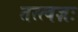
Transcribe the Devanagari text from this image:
तत्त्वज्ञः